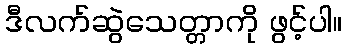
ဒီလက်ဆွဲသေတ္တာကို ဖွင့်ပါ။